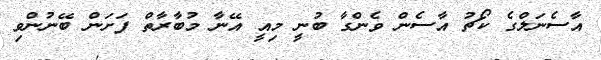
އާސެނަލްގެ ކޯޗު އާސެން ވެންގާ ބުނީ މިއީ އޭނާ މުބާރާތް ފަށަން ބޭނުންވި